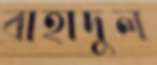
বাহাদুল